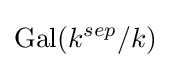
\operatorname {Gal} (k^{sep}/k)